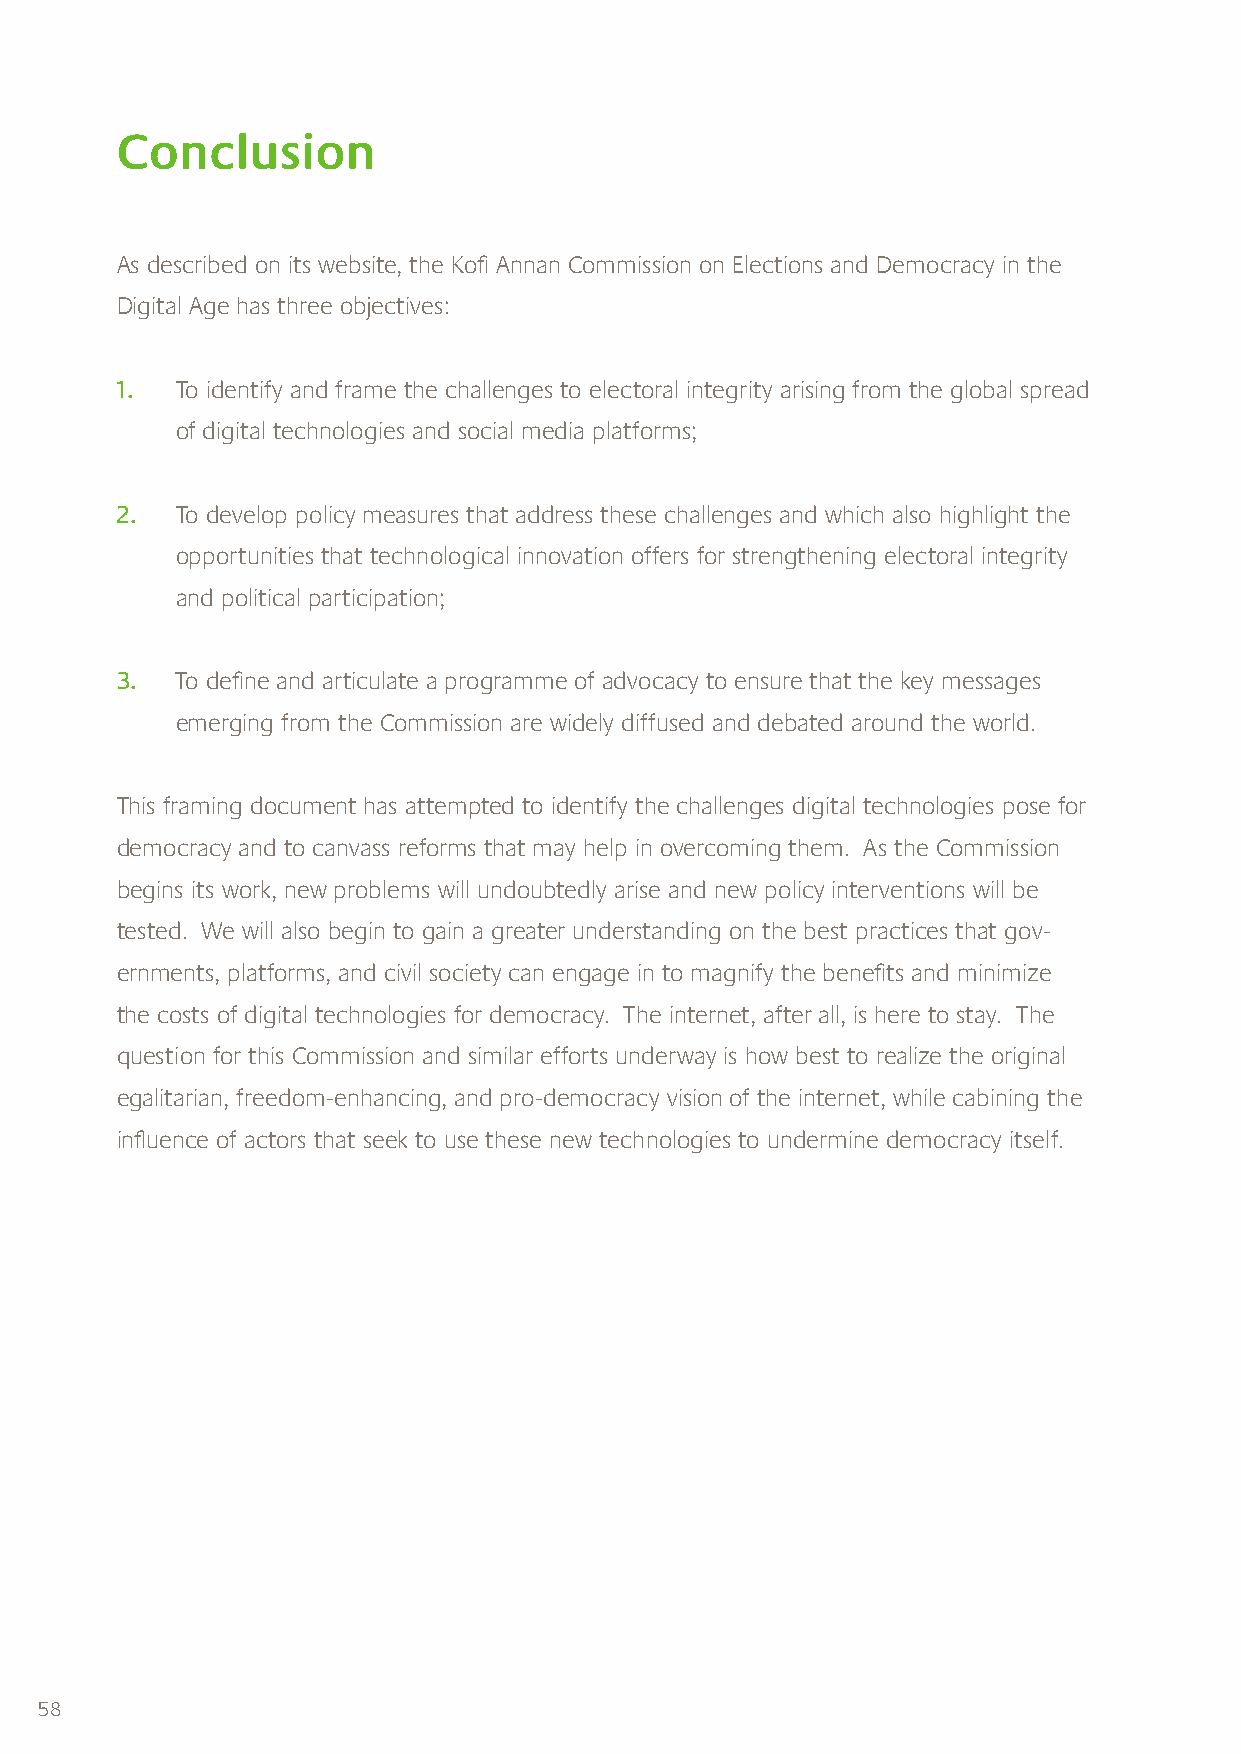
Conclusion
 As described on its website, the Kofi Annan Commission on Elections and Democracy in the
 Digital Age has three objectives:
 1.   To identify and frame the challenges to electoral integrity arising from the global spread
 of digital technologies and social media platforms;
 2.  To develop policy measures that address these challenges and which also highlight the
 opportunities that technological innovation offers for strengthening electoral integrity
 and political participation;
 3.  To define and articulate a programme of advocacy to ensure that the key messages
 emerging from the Commission are widely diffused and debated around the world.
 This framing document has attempted to identify the challenges digital technologies pose for
 democracy and to canvass reforms that may help in overcoming them. As the Commission
 begins its work, new problems will undoubtedly arise and new policy interventions will be
 tested. We will also begin to gain a greater understanding on the best practices that gov-
 ernments, platforms, and civil society can engage in to magnify the benefits and minimize
 the costs of digital technologies for democracy. The internet, after all, is here to stay. The
 question for this Commission and similar efforts underway is how best to realize the original
 egalitarian, freedom-enhancing, and pro-democracy vision of the internet, while cabining the
 influence of actors that seek to use these new technologies to undermine democracy itself.
 58